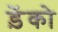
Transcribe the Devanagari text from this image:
ड़ेंको